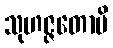
သုဟဇ္ဇတောပိ